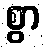
စွာ